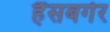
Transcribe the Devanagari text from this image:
हैंसबर्गर